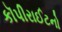
કૉપીરાઈટનો